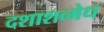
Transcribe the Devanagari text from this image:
दशाशव्मेध